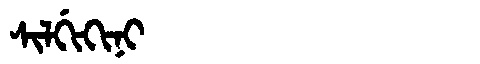
Manchu: ᠰᡳᠯᡤᡳᡴᡳᠨᡳ
Romanization: SILGIKINI